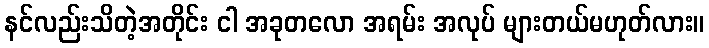
နင်လည်းသိတဲ့အတိုင်း ငါ အခုတလော အရမ်း အလုပ် များတယ်မဟုတ်လား။